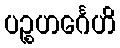
ပဉ္စဟင်္ဂေဟိ